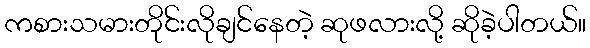
ကစားသမားတိုင်းလိုချင်နေတဲ့ ဆုဖလားလို့ ဆိုခဲ့ပါတယ်။